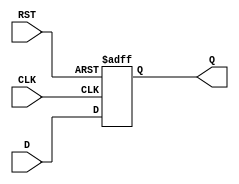
module FlipFlopRegister #(
    parameter WIDTH = 8  // Define the width of the register (default is 8 bits)
) (
    input  wire [WIDTH-1:0] D,    // Data input
    input  wire CLK,               // Clock input
    input  wire RST,               // Reset input
    output reg  [WIDTH-1:0] Q      // Data output
);

// Sequential logic for the flip-flops
always @(posedge CLK or posedge RST) begin
    if (RST) begin
        Q <= {WIDTH{1'b0}}; // Set all bits to 0 on reset
    end else begin
        Q <= D; // Capture data on rising edge of CLK
    end
end

endmodule